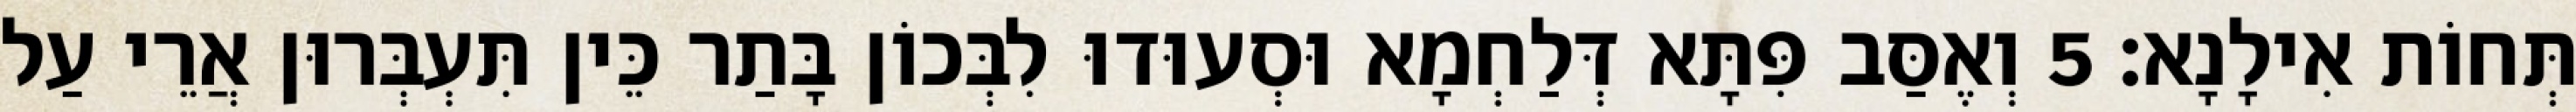
תְּחוֹת אִילָנָא׃ 5 וְאֶסַּב פִּתָּא דְּלַחְמָא וּסְעוּדוּ לִבְּכוֹן בָּתַר כֵּין תִּעְבְּרוּן אֲרֵי עַל